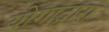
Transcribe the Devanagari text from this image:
योगाद्वारा